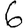
Digit: 6